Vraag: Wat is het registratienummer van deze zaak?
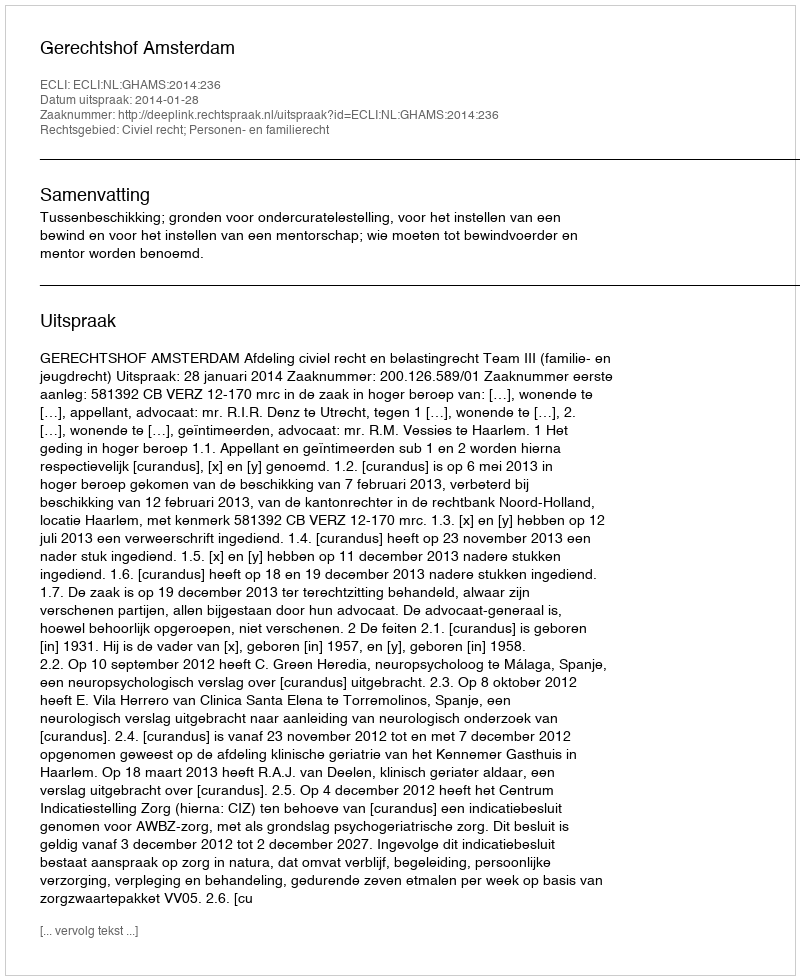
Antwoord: http://deeplink.rechtspraak.nl/uitspraak?id=ECLI:NL:GHAMS:2014:236